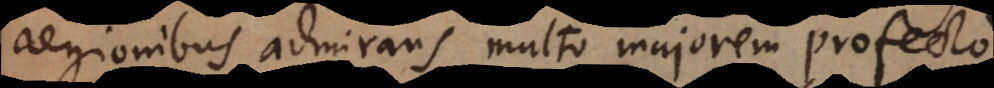
regionibus admirans, multo majorem profecto